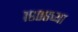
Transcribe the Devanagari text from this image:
१६०६च्या